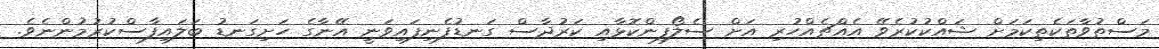
މަސްތުވާތަކެތިކަމަށް ޝައްކުކުރެވޭ އެއްޗެއްހުރި އަށް ސެލޯފިންކޮޅާއި ކަރުދާސް ގަނޑުފެނިފައިވަނީ އޭނާގެ ހަށިގަނޑު ބަލައިފާސްކުރުމުންނެވެ.